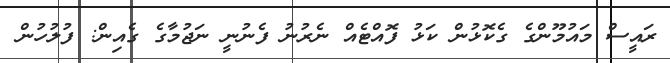
ރައީސް މައުމޫންގެ ގެކޮޅުން ކަޅު ފޮއްޓެއް ނެރުނު ފެނުނީ ނަޖުމާގެ ގެއިން: ފުލުހުން